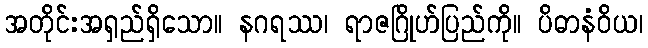
အတိုင်းအရှည်ရှိသော။ နဂရဿ၊ ရာဇဂြိုဟ်ပြည်ကို။ ပိဓာနံဝိယ၊